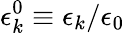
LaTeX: \epsilon_{k}^{0}\equiv\epsilon_{k}/{\epsilon_{0}}